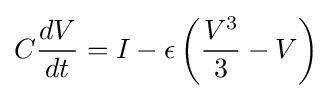
C{\frac {dV}{dt}}=I-\epsilon \left({\frac {V^{3}}{3}}-V\right)